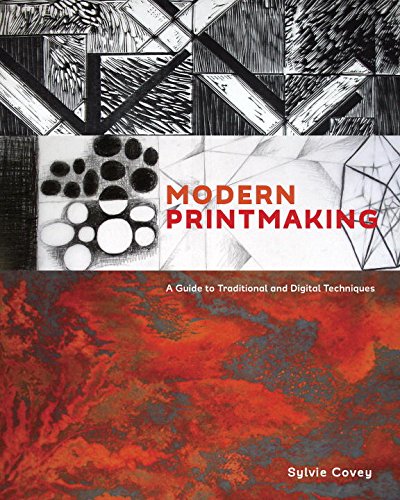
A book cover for Modern Printmaking: A Guide to Traditional and Digital Techniques; Sylvie Covey; Arts & Photography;